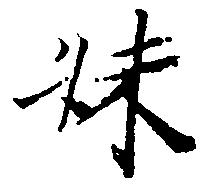
妹